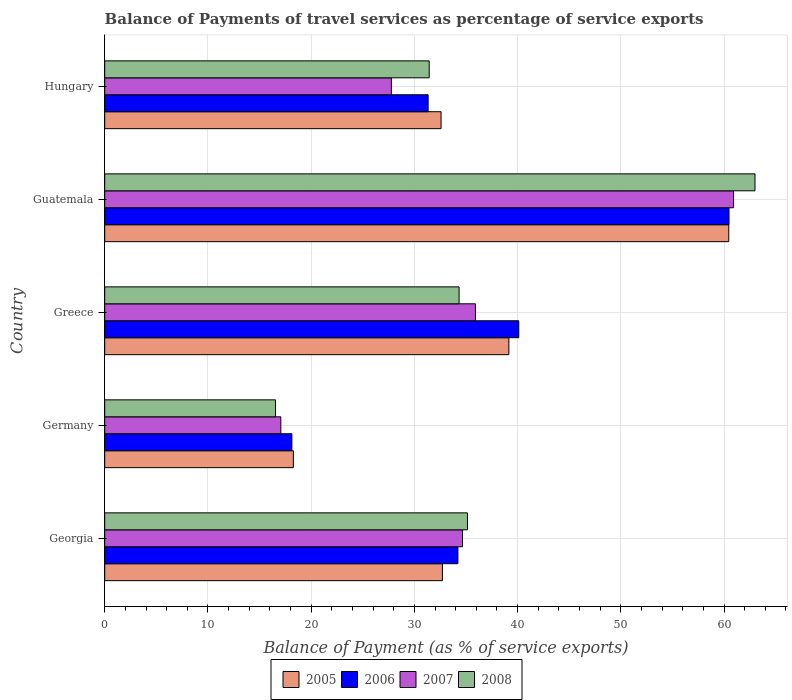
| Country | 2005 | 2006 | 2007 | 2008 |
 | --- | --- | --- | --- | --- |
 | Georgia | 32.7 | 34.2 | 34.7 | 35.1 |
 | Germany | 18.3 | 18.1 | 17.1 | 16.5 |
 | Greece | 39.2 | 40.1 | 35.9 | 34.3 |
 | Guatemala | 60.5 | 60.5 | 60.9 | 63 |
 | Hungary | 32.6 | 31.3 | 27.8 | 31.4 |